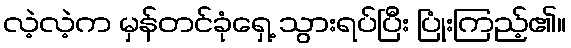
လဲ့လဲ့က မှန်တင်ခုံရှေ့ သွားရပ်ပြီး ပြုံးကြည့်၏။